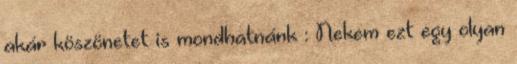
akár köszönetet is mondhatnánk : Nekem ezt egy olyan